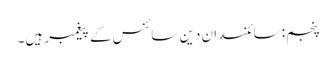
پنجم: سائنسدان دین سائنس کے پیغمبر ہیں۔